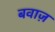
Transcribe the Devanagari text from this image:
बवाज़